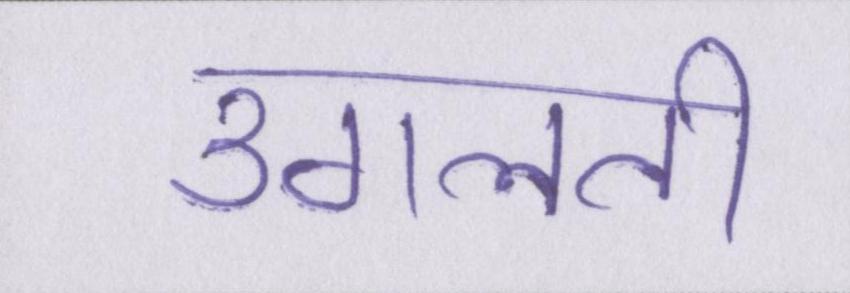
उगलती